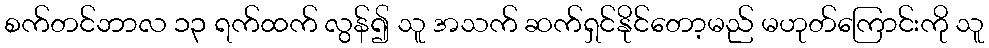
စက်တင်ဘာလ ၁၃ ရက်ထက် လွန်၍ သူ အသက် ဆက်ရှင်နိုင်တော့မည် မဟုတ်ကြောင်းကို သူ